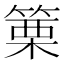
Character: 篥